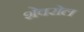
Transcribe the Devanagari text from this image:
शेवरोल